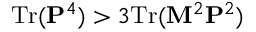
\mathrm { T r } ( { \bf P } ^ { 4 } ) > 3 \mathrm { T r } ( { \bf M } ^ { 2 } { \bf P } ^ { 2 } )